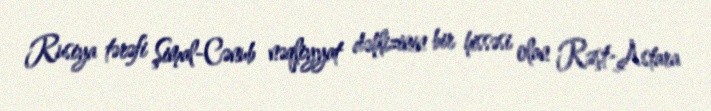
Rusiya tərəfi Şimal-Cənub nəqliyyat dəhlizinin bir hissəsi olan Rəşt-Astara